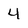
Character: 4